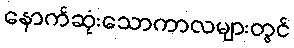
နောက်ဆုံးသောကာလများတွင်